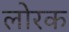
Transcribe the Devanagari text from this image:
लोरक